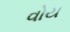
વોય